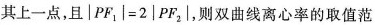
其上一点，且 $$\left | PF _ { 1 } \right | = 2 \left | PF _ { 2 } \right |$$，则双曲线离心率的取值范